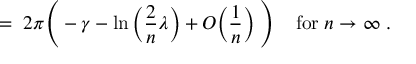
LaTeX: = \; 2 \pi \Bigg ( - \gamma - \ln \Big ( \frac { 2 } { n } \lambda \Big ) + O \Big ( \frac { 1 } { n } \Big ) \; \Bigg ) \; \; \; \; \mathrm { f o r } \; n \rightarrow \infty \; .